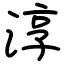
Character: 淳